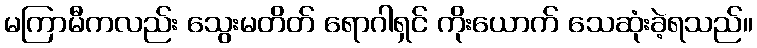
မကြာမီကလည်း သွေးမတိတ် ရောဂါရှင် ကိုးယောက် သေဆုံးခဲ့ရသည်။